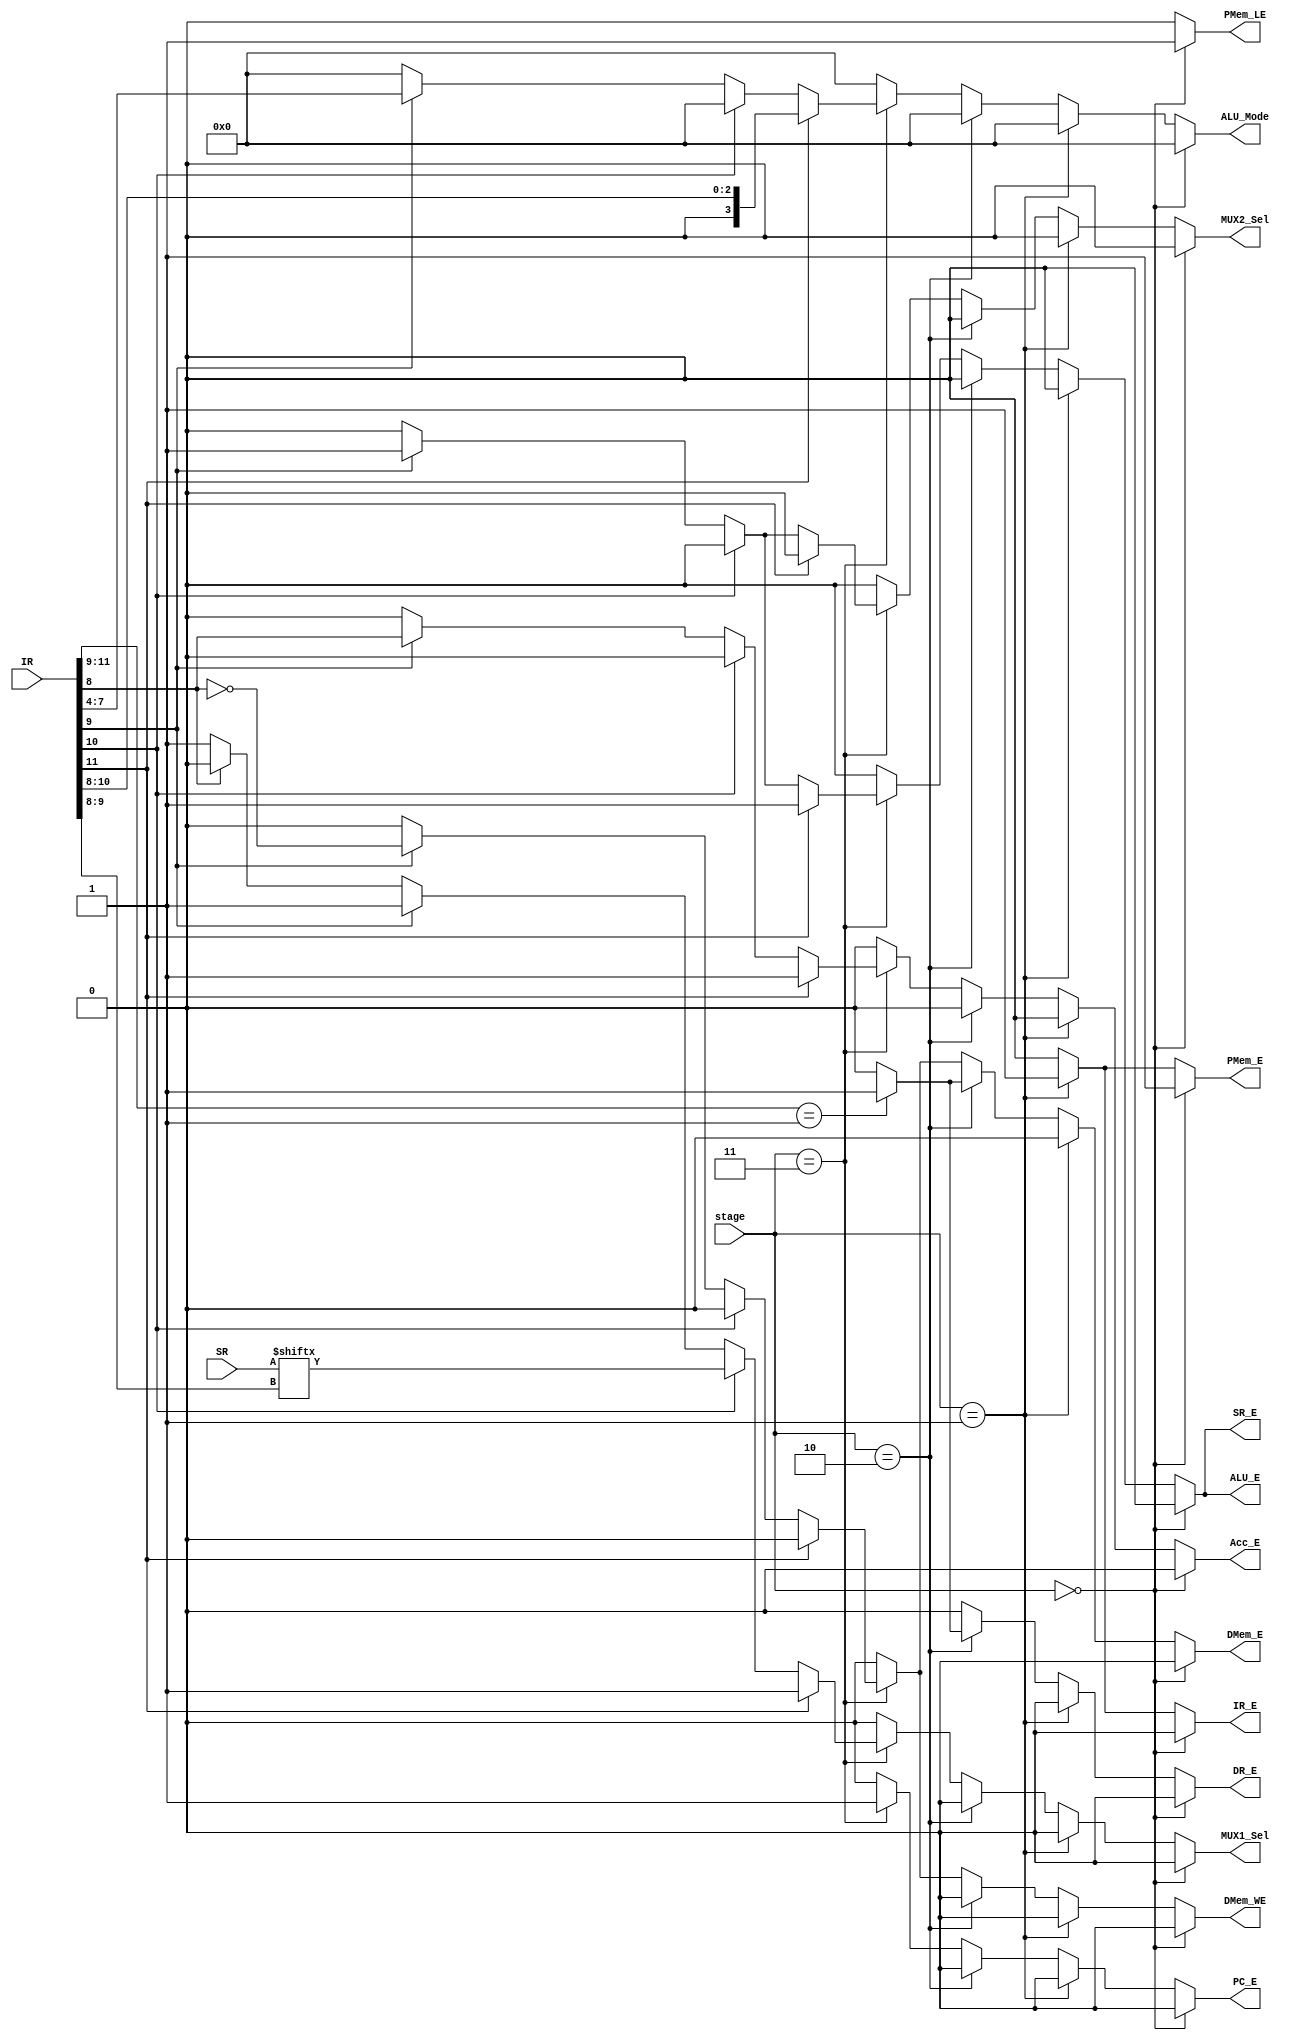
module Control_Logic( input[1:0] stage,
  input [11:0] IR,
  input [3:0] SR,
 output  reg PC_E,Acc_E,SR_E,IR_E,DR_E,PMem_E,DMem_E,DMem_WE,ALU_E,MUX1_Sel,MUX2_Sel,PMem_LE,
  output reg [3:0] ALU_Mode
    );
 parameter LOAD = 2'b00,FETCH = 2'b01, DECODE = 2'b10, EXECUTE = 2'b11;
 always @(*)
 begin
 PMem_LE = 0;
 PC_E = 0;
 Acc_E = 0;
 SR_E = 0;
 IR_E = 0;
 DR_E = 0;
 PMem_E = 0; 
 DMem_E = 0;
 DMem_WE = 0;
 ALU_E  =0; 
 ALU_Mode = 4'd0;
 MUX1_Sel = 0;
 MUX2_Sel = 0;
 if(stage== LOAD )
 begin
 PMem_LE = 1;
 PMem_E = 1; 
 end
 else if(stage== FETCH ) begin
 IR_E = 1; 
 PMem_E = 1;  
 end
 else if(stage== DECODE ) begin
 if( IR[11:9] == 3'b001) 
 begin
 DR_E = 1;
 DMem_E = 1;
 end
 else
 begin
 DR_E = 0;
 DMem_E = 0;
 end
 end
 else if(stage== EXECUTE ) 
 begin
 if(IR[11]==1) begin // ALU I-type
 PC_E = 1; 
 Acc_E = 1; 
 SR_E = 1;
 ALU_E = 1;
 ALU_Mode = IR[10:8];
 MUX1_Sel = 1;
 MUX2_Sel = 0; 
 end
 else if(IR[10]==1) // JZ, JC,JS, JO
 begin
 PC_E = 1; 
 MUX1_Sel = SR[IR[9:8]]; 
 end
 else if(IR[9]==1) 
 begin
 PC_E = 1; 
 Acc_E = IR[8]; 
 SR_E = 1;
 DMem_E = !IR[8];
 DMem_WE = !IR[8];
 ALU_E = 1;
 ALU_Mode = IR[7:4];
 MUX1_Sel = 1;
 MUX2_Sel = 1;
 end
 else if(IR[8]==0)
 begin
 PC_E = 1; 
 MUX1_Sel = 1; 
 end
 else
 begin
 PC_E = 1; 
 MUX1_Sel = 0; 
 end
 end
 end
endmodule